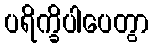
ပရိက္ခိပါပေတွာ